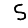
Digit: 5